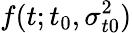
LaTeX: f(t;t_{0},\sigma_{t0}^{2})